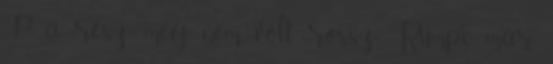
:P a rész meg nem volt rossz, Rumpi már